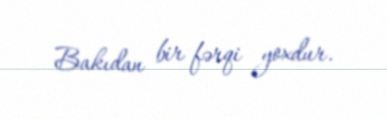
Bakıdan bir fərqi yoxdur.